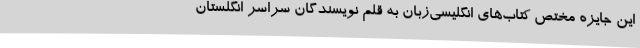
این جایزه مختص کتاب‌های انگلیسی‌زبان به قلم نویسندگان سراسر انگلستان